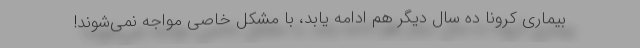
بیماری کرونا ده سال دیگر هم ادامه یابد، با مشکل خاصی مواجه نمی‌شوند!